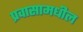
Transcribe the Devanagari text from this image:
प्रवासामधील